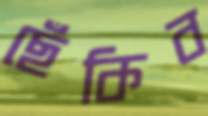
ছেঁকিব